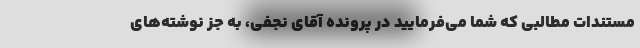
مستندات مطالبی که شما می‌فرمایید در پرونده آقای نجفی، به جز نوشته‌های